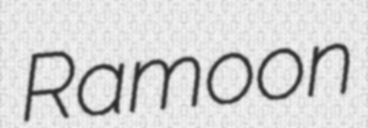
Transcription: Ramoon